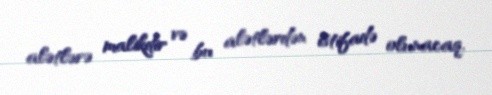
alətlərə malikdir və bu alətlərdən istifadə olunacaq.